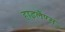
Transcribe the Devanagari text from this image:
हाइलैंण्स